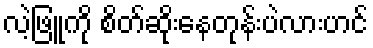
လဲ့ဖြူကို စိတ်ဆိုးနေတုန်းပဲလားဟင်